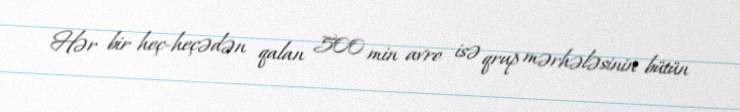
Hər bir heç-heçədən qalan 500 min avro isə qrup mərhələsinin bütün